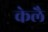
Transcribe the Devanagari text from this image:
केलै